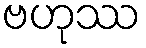
ဗဟုဿ